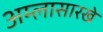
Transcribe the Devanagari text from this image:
अम्लासारखे